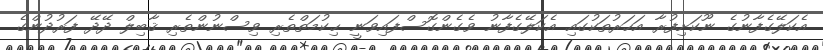
އެކަލޭގެފާނުގެ ނޫކަށިފުރާ އަހަރުތަކުގައި އެކަލޭގެފާނު ވެގެންގޮސްފައިވަނީ ޙިކުމަތްތެރި ވިސްނުންތެރި ޤާބިލް ދޭދޭ ފަރުދުންގެ